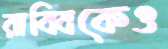
রাব্বিকেও